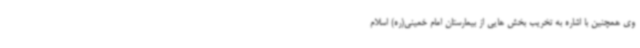
وی همچنین با اشاره به تخریب بخش هایی از بیمارستان امام خمینی(ره) اسلام